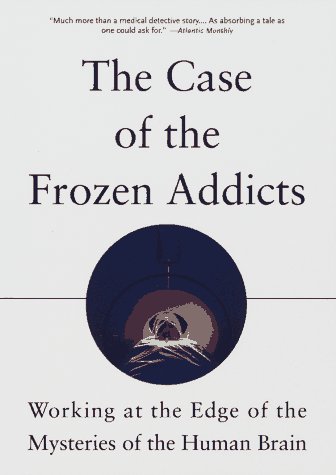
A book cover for The Case of the Frozen Addicts; J. William Langston; Health, Fitness & Dieting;